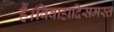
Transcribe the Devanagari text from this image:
हैं।विवाहादिसमस्त